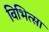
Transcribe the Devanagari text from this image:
विभित्सा